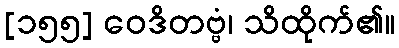
[၁၅၅] ဝေဒိတဗ္ဗံ၊ သိထိုက်၏။